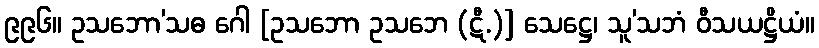
၉၉၆။ ဥသဘော’သဓ ဂေါ [ဥသဘော ဥသဘေ (ဋီ.)] သေဋ္ဌေ၊ သူ’သဘံ ဝီသယဋ္ဌိယံ။